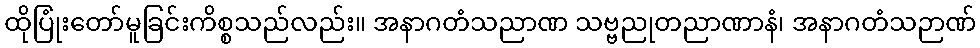
ထိုပြုံးတော်မူခြင်းကိစ္စသည်လည်း။ အနာဂတံသညာဏ သဗ္ဗညုတညာဏာနံ၊ အနာဂတံသဉာဏ်